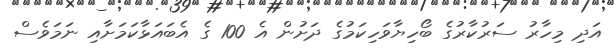
އަދި މިހާރު ސަރުކާރުގެ ބޯހިޔާވަހިކަމުގެ ދަށުން އެ 100 ގެ އެބައަޅާކަމަށާއި ނަމަވެސް